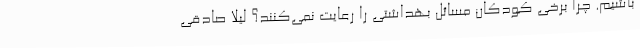
باشیم. چرا برخی کودکان مسائل بهداشتی را رعایت نمی‌کنند؟ لیلا صادقی